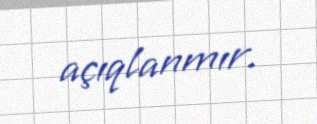
açıqlanmır.